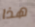
هذا